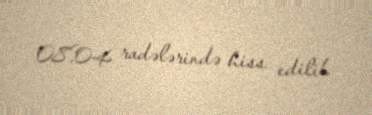
08.04 radələrində hiss edilib.